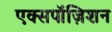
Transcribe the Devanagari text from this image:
एक्सपॉज़िशन